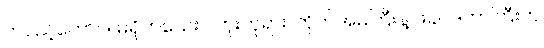
တပည့်တော်။ ။ မရိုက်သေးပါဘူးဘုရား၊ တိုက်အမကြီးနဲ့ ဖခင်ဒကာကြီးက